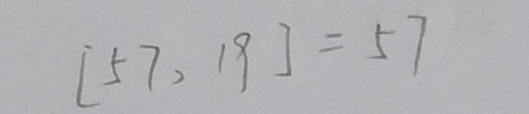
[ 5 7 , 1 9 ] = 5 7